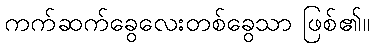
ကက်ဆက်ခွေလေးတစ်ခွေသာ ဖြစ်၏။